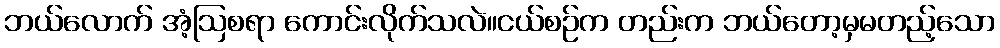
ဘယ်လောက် အံ့ဩစရာ ကောင်းလိုက်သလဲ။ငယ်စဉ်က တည်းက ဘယ်တော့မှမတည့်သော